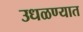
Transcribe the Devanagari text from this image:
उधळण्यात